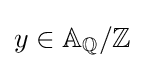
y\in \mathbb {A} _{\mathbb {Q} }/\mathbb {Z}